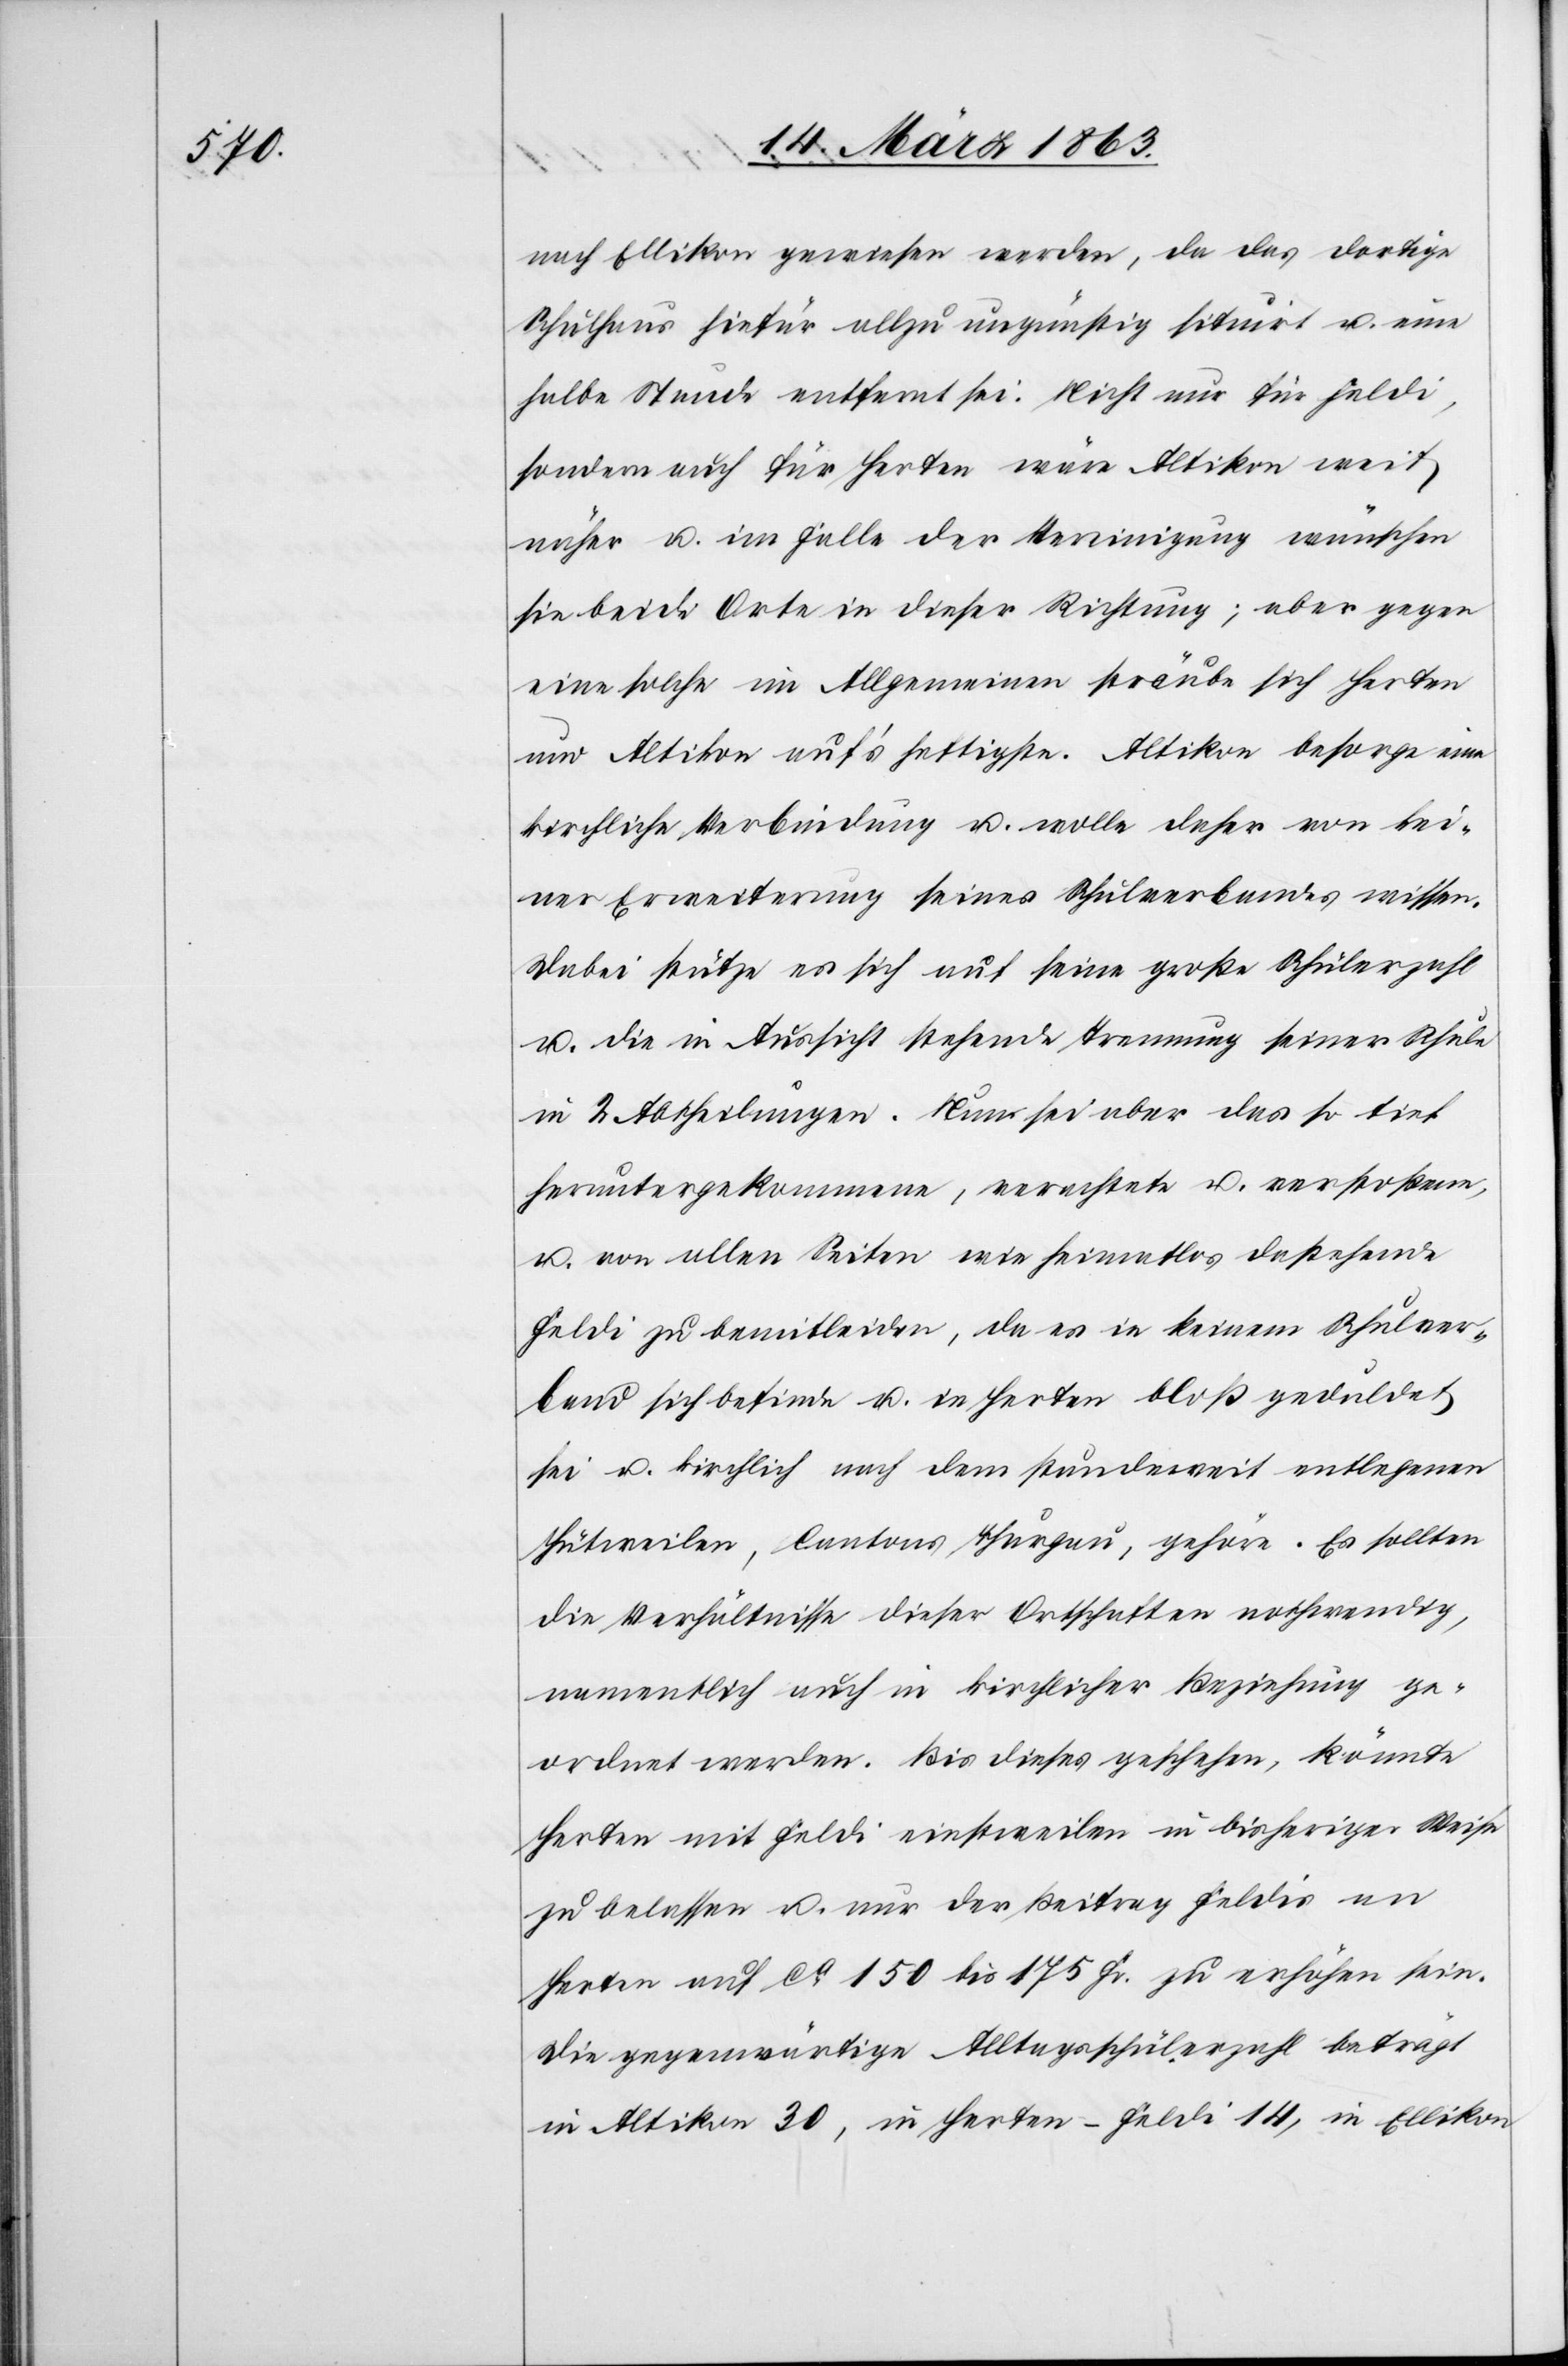
nach Ellikon gewiesen werden, da das dortige
Schulhaus hiefür allzu ungünstig situirt u. eine
halbe Stunde entfernt sei. Nicht nur für Feldi,
sondern auch für Herten wäre Altikon weit
näher u. im Falle der Vereinigung wünschen
sie beide Orte in dieser Richtung; aber gegen
eine solche im Allgemeinen sträube sich Herten
und Altikon auf's heftigste. Altikon besorge eine
kirchliche Verbindung u. wolle daher von kei¬
ner Erweiterung seines Schulverbandes wissen.
Dabei stütze es sich auf seine große Schülerzahl
u. die in Aussicht stehende Trennung seiner Schule
in 2 Abtheilungen. Nun sei aber das so tief
heruntergekommene, verachtete u. verstoßene,
u. von allen Seiten wie heimatlos dastehende
Feldi zu bemitleiden, da es in keinem Schulver¬
band sich befinde u. in Herten bloß geduldet
sei u. kirchlich nach dem stundeweit entlegenen
Hütweilen [sic!], Cantons Thurgau, gehöre. Es sollten
die Verhältnisse dieser Ortschaften nothwendig,
namentlich auch in kirchlicher Beziehung ge¬
ordnet werden. Bis dieses geschehen, könnte
Herten mit Feldi einstweilen in bisheriger Weise
zu belassen u. nur der Beitrag Feldis an
Herten auf ca 150 bis 175 Fr. zu erhöhen sein.
Die gegenwärtige Alltagsschülerzahl beträgt
in Altikon 30, in Herten-Feldi 14, in Ellikon